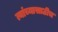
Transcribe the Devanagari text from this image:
त्यांच्यासाठीच